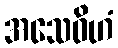
အသေဝိဟံ